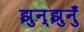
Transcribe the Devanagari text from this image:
झुन्झुनुँ